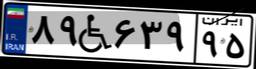
۸۹W۶۳۹۹۵